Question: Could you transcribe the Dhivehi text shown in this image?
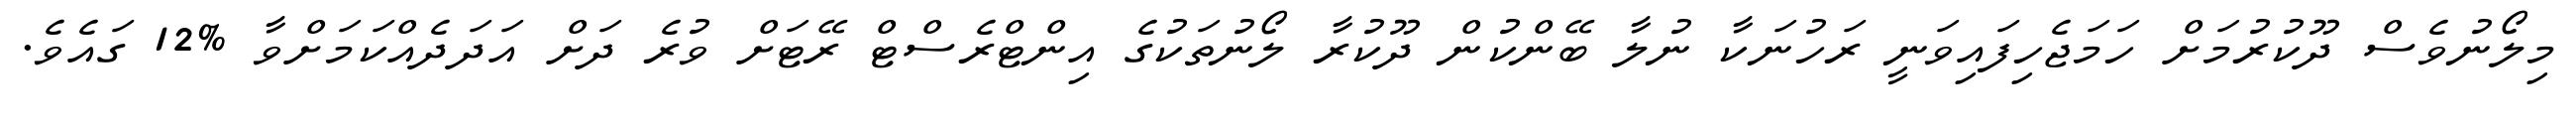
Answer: މިލޯނުވެސް ދޫކުރުމަށް ހަމަޖެހިފައިވަނީ ރަހުނަކާ ނުލާ ބޭންކުން ދޫކުރާ ލޯނުތަކުގެ އިންޓްރެސްޓް ރޭޓަށް ވުރެ ދަށް އަދަދެއްކަމަށްވާ %12 ގައެވެ.